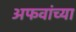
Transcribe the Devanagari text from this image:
अफवांच्या